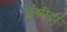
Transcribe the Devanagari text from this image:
इस्त्रीया